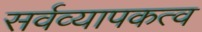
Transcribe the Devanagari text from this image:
सर्वव्यापकत्व